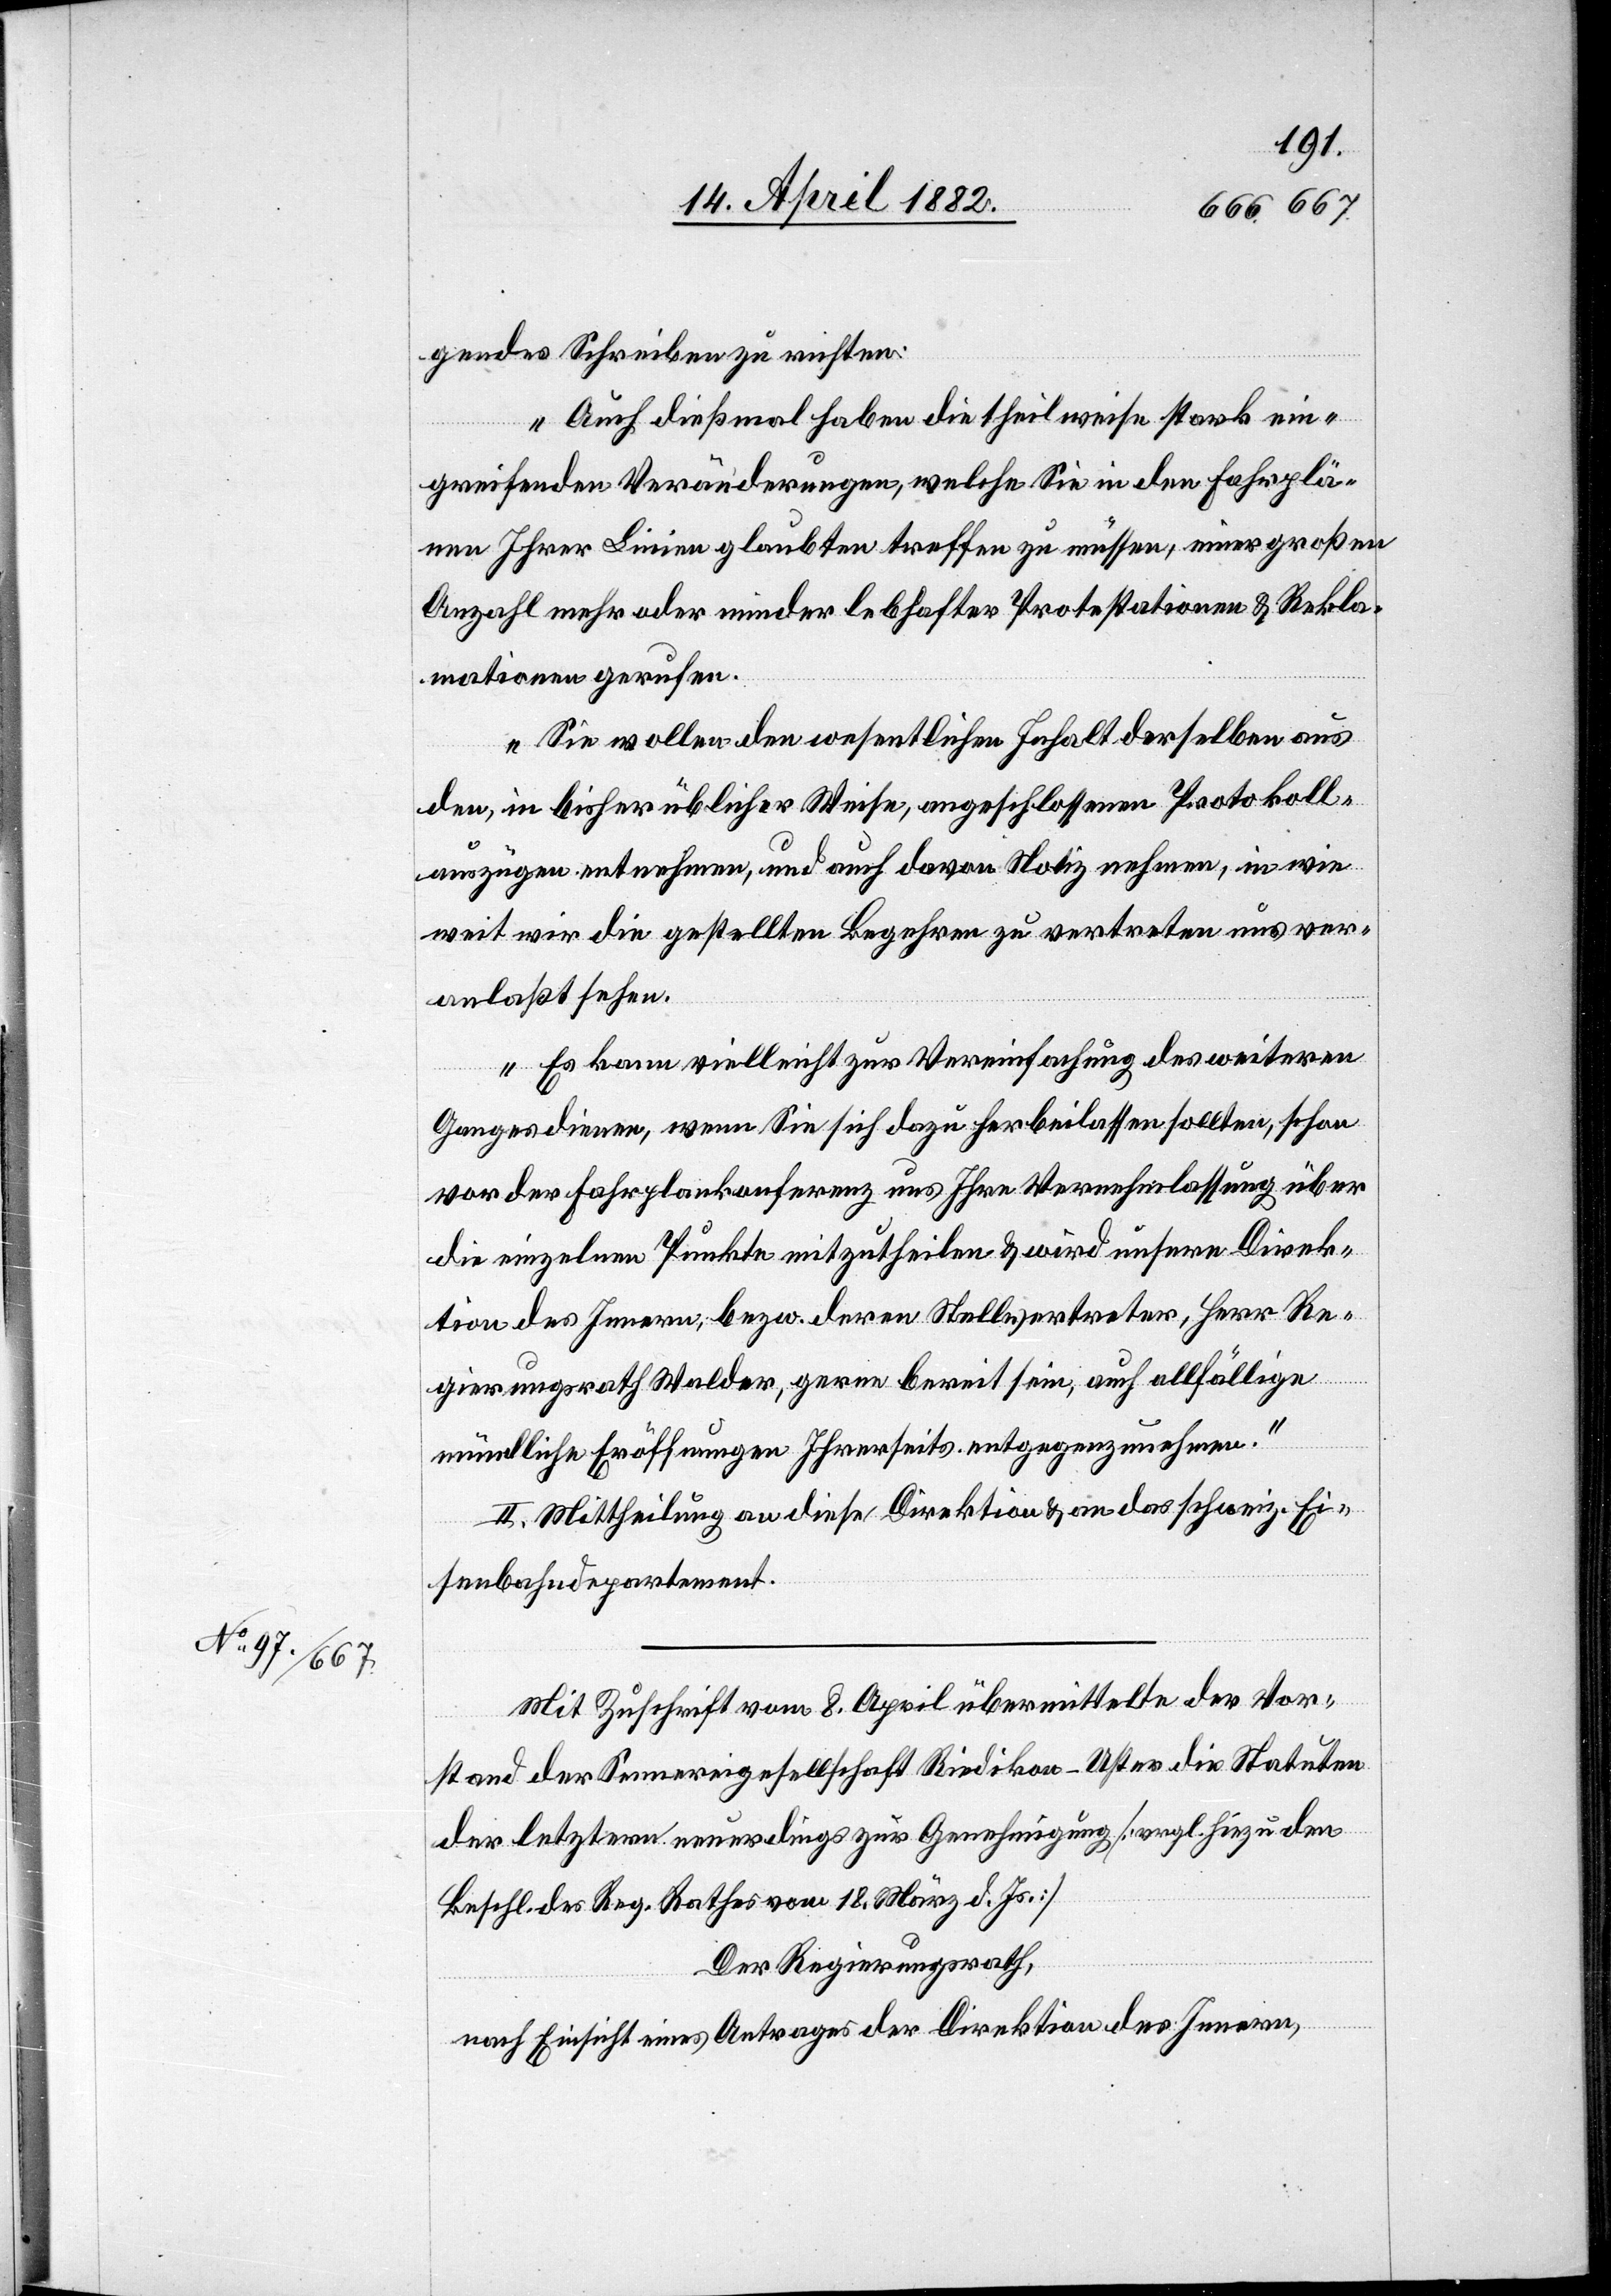
gendes Schreiben zu richten:
„Auch dießmal haben die theilweise stark ein¬
greifenden Veränderungen, welche Sie in den Fahrplä¬
nen Ihrer Linien glaubten treffen zu müssen, einer großen
Anzahl mehr oder minder lebhafter Protestationen & Rekla¬
mationen gerufen.
Sie wollen den wesentlichen Inhalt derselben aus
den, in bisher üblicher Weise, angeschlossenen Protokoll¬
auszügen entnehmen, und auch davon Notiz nehmen, in wie
weit wir die gestellten Begehren zu vertreten uns ver¬
anlaßt sehen.
Es kann vielleicht zur Vereinfachung des weiteren
Ganges dienen, wenn Sie sich dazu herbeilassen sollten, schon
vor der Fahrplankonferenz uns Ihre Vernehmlassung über
die einzelnen Punkte mitzutheilen & wird unsere Direk¬
tion des Innern, bezw. deren Stellvertreter, Herr Re¬
gierungsrath Walder, gerne bereit sein, auch allfällige
mündliche Eröffnungen Ihrerseits entgegenzunehmen.“
II. Mittheilung an diese Direktion & an das schweiz. Ei¬
senbahndepartement.
Mit Zuschrift vom 8. April übermittelte der Vor¬
stand der Sennereigesellschaft Riedikon - Uster die Statuten
der letztern neuerdings zur Genehmigung [vrgl. hiezu den
Beschl. des Reg. Rathes vom 18. März d. Js.]
Der Regierungsrath,
nach Einsicht eines Antrages der Direktion des Innern,